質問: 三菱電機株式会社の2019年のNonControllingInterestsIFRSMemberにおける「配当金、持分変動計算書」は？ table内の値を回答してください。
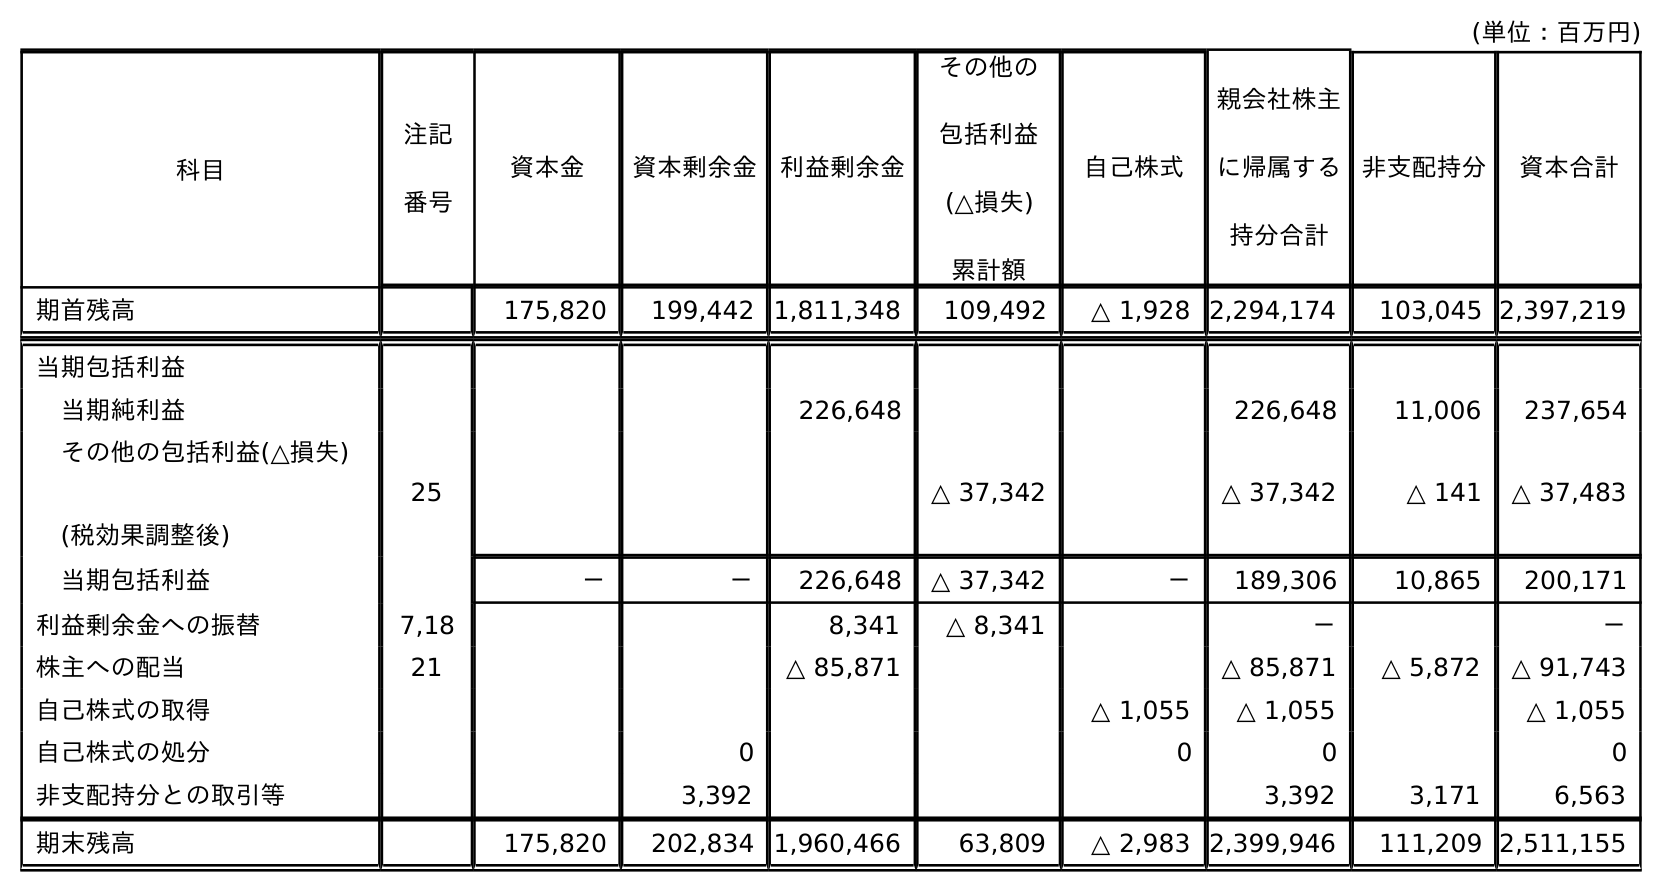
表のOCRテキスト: (単位：百万円) 科目 注記 番号 非支配持分 資本合計 資本金 資本剰余金 利益剰余金 その他の 包括利益 (△損失) 累計額 自己株式 親会社株主 に帰属する 持分合計 期首残高 175,820 199,442 1,811,348 109,492 △ 1,928 2,294,174 103,045 2,397,219 当期包括利益 当期純利益 226,648 226,648 11,006 237,654 その他の包括利益(△損失) (税効果調整後) 25 △ 37,342 △ 37,342 △ 141 △ 37,483 当期包括利益 － － 226,648 △ 37,342 － 189,306 10,865 200,171 利益剰余金への振替 7,18 8,341 △ 8,341 － － 株主への配当 21 △ 85,871 △ 85,871 △ 5,872 △ 91,743 自己株式の取得 △ 1,055 △ 1,055 △ 1,055 自己株式の処分 0 0 0 0 非支配持分との取引等 3,392 3,392 3,171 6,563 期末残高 175,820 202,834 1,960,466 63,809 △ 2,983 2,399,946 111,209 2,511,155
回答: △5,872